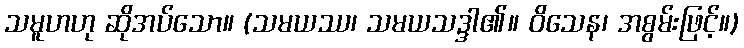
သမူဟဟု ဆိုအပ်သော။ (သမယဿ၊ သမယသဒ္ဒါ၏။ ဝိသေန၊ အစွမ်းဖြင့်။)